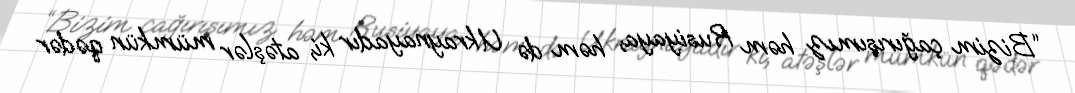
“Bizim çağırışımız həm Rusiyaya, həm də Ukraynayadır ki, atəşlər mümkün qədər